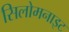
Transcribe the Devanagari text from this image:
सिलोमनाइट